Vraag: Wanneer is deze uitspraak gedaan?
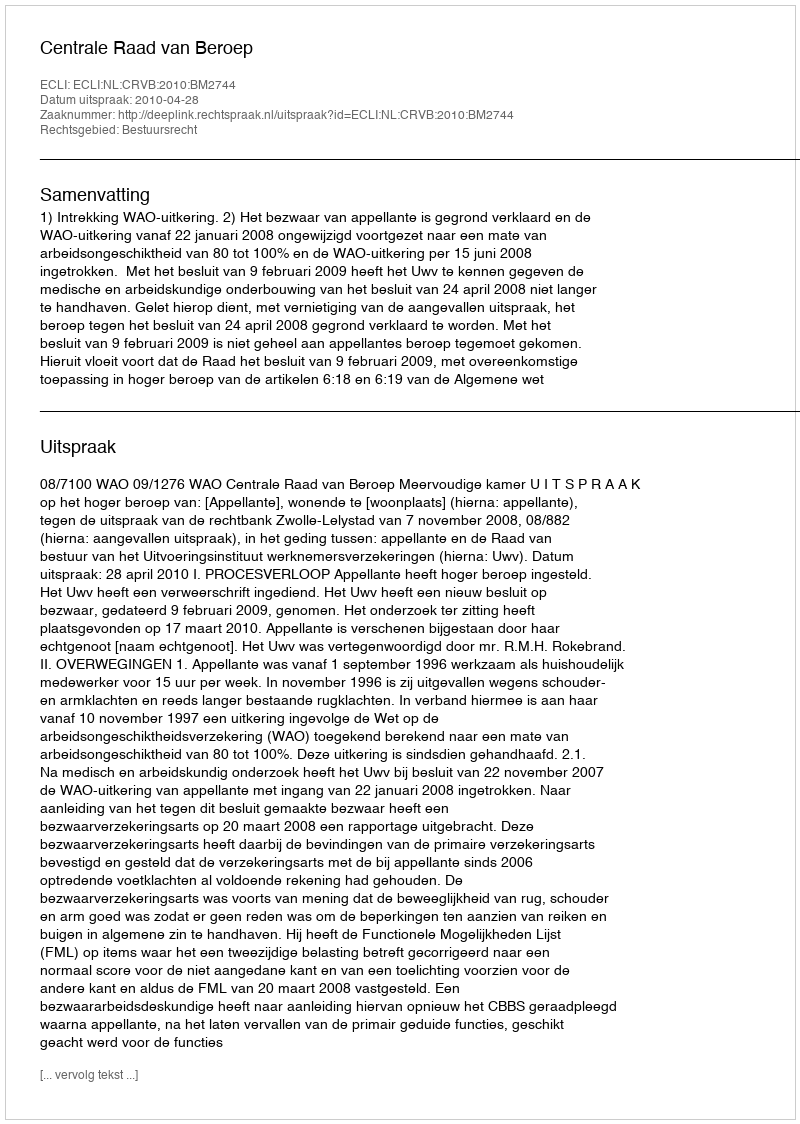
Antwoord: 2010-04-28